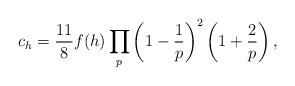
LaTeX: \begin{align*} c_h=\frac{11}{8}f(h)\prod_{p}\left(1-\frac{1}{p}\right)^2\left(1+\frac{2}{p}\right), \end{align*}